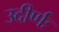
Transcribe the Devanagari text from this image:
उदीर्णः